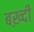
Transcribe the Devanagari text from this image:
बख़्दी